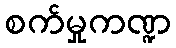
စက်မှုကဏ္ဍ